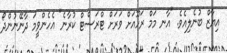
އިޔާޒް ބުނެލިއެވެ. "އާނ މަމް ރަހޫއަށް ވަރަށް ޓްރަސްޓް ކުރާނެ" އެހެންވީމަ ދާނޭނުންދޯ